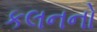
કલનનો